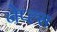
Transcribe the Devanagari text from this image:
नेप्ल्स